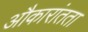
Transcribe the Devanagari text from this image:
औकारांतता